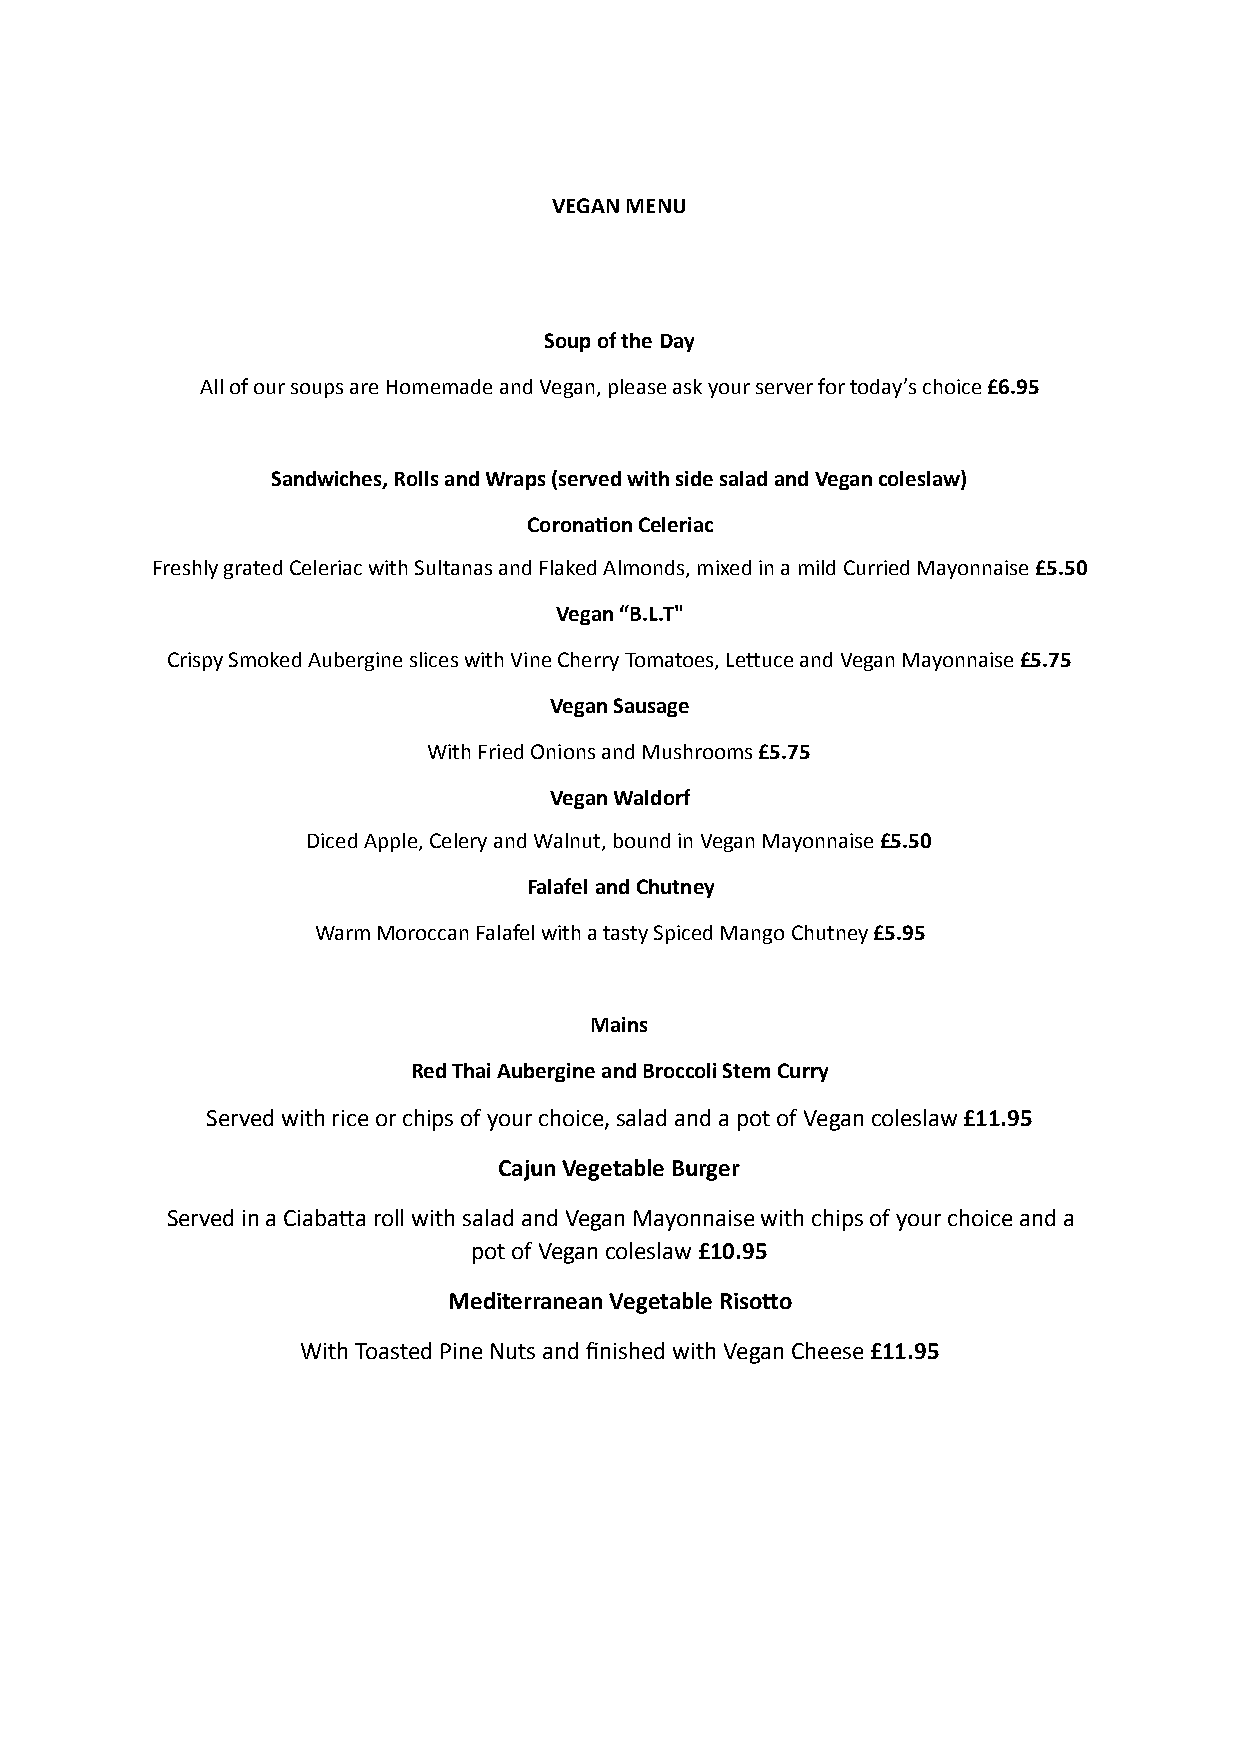
VEGAN MENU
 Soup of the Day
 All of our soups are Homemade and Vegan, please ask your server for today’s choice £6.95
 Sandwiches, Rolls and Wraps (served with side salad and Vegan coleslaw)
 CoronaIon Celeriac
 Freshly grated Celeriac with Sultanas and Flaked Almonds, mixed in a mild Curried Mayonnaise £5.50
 Vegan “B.L.T"
 Crispy Smoked Aubergine slices with Vine Cherry Tomatoes, LeDuce and Vegan Mayonnaise £5.75
 Vegan Sausage
 With Fried Onions and Mushrooms £5.75
 Vegan Waldorf
 Diced Apple, Celery and Walnut, bound in Vegan Mayonnaise £5.50
 Falafel and Chutney
 Warm Moroccan Falafel with a tasty Spiced Mango Chutney £5.95
 Mains
 Red Thai Aubergine and Broccoli Stem Curry
 Served with rice or chips of your choice, salad and a pot of Vegan coleslaw £11.95
 Cajun Vegetable Burger
 Served in a CiabaDa roll with salad and Vegan Mayonnaise with chips of your choice and a
 pot of Vegan coleslaw £10.95
 Mediterranean Vegetable RisoVo
 With Toasted Pine Nuts and finished with Vegan Cheese £11.95